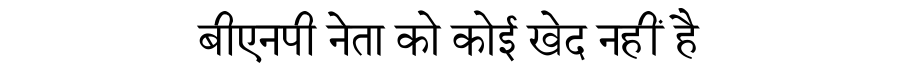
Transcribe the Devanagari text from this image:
बीएनपी नेता को कोई खेद नहीं है